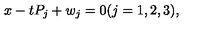
x - t P _ { j } + w _ { j } = 0 ( j = 1 , 2 , 3 ) ,